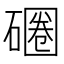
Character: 𰧚